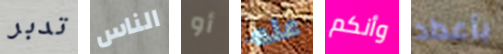
تدبر الناس أو عنه وأنكم بأعداد